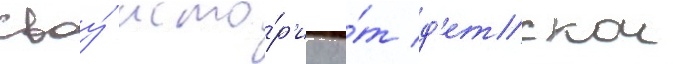
своу́ исто́р'иу о́т д'етскои